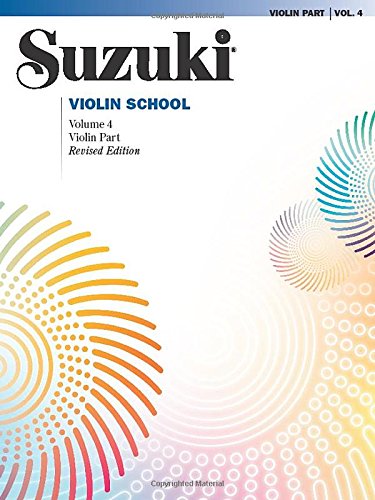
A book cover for Suzuki Violin School, Volume 4: Violin Part (The Suzuki Method Core Materials); Shinichi Suzuki; Humor & Entertainment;